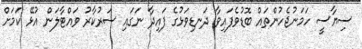
ސިޔާސީ ހަމަނުޖެހުންތައް ބޮޑުވެފައިވާ ދަނޑިވަޅުގެ ފައިދާ ނަގައި ސަރުކާރު ވައްޓާލަން އުޅޭ ކަމަށް